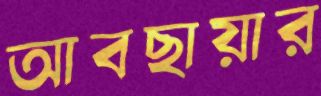
আবছায়ার